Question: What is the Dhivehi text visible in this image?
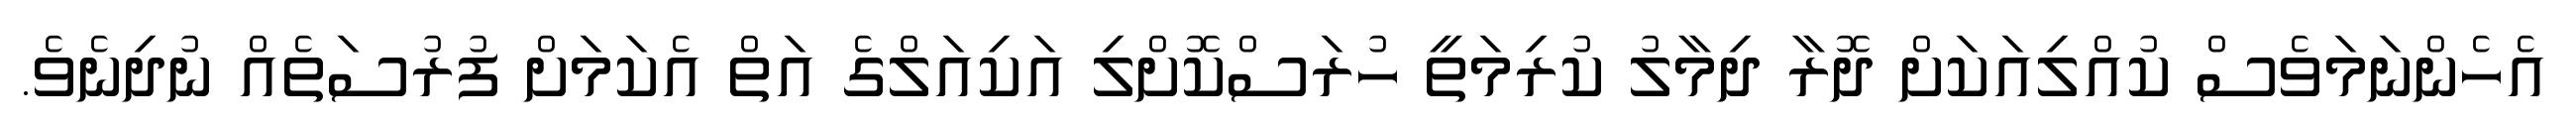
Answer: އެހެންނަމަވެސް ކުއްލިއަކަށް ދޮރާ ދިމާލު ކުރިމަތީ ހުރަސްކޮށްލި އަކިއަލްގެ އަތް އެކަމަށް ފުރުސަތެއް ނުދިނެވެ.